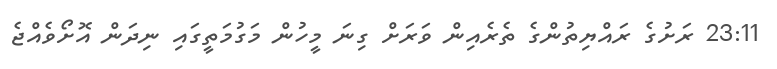
23:11 ރަށުގެ ރައްޔިތުންގެ ތެރެއިން ވަރަށް ގިނަ މީހުން މަގުމަތީގައި ނިދަން އޮށޯވެއްޖެ